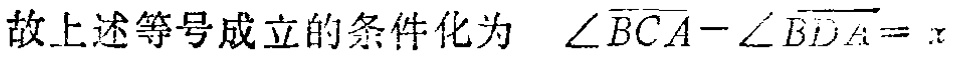
故上述等号成立的条件化为 $\angle \overrightarrow{BCA}-\angle \overrightarrow{BDA}=x$